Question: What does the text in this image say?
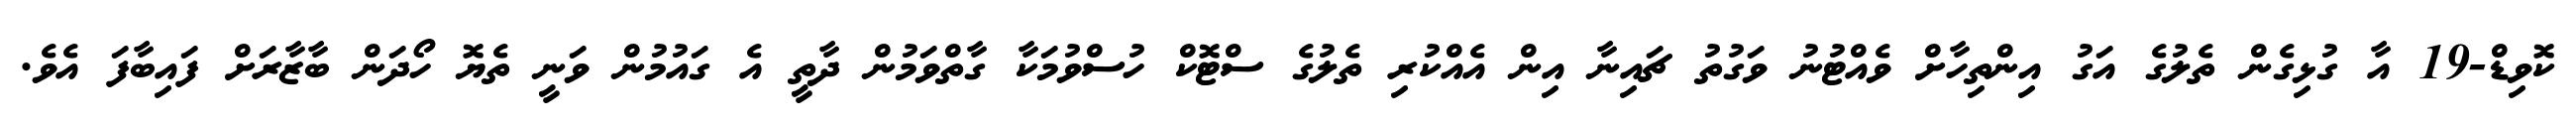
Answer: ކޮވިޑް-19 އާ ގުޅިގެން ތެލުގެ އަގު އިންތިހާށް ވެއްޓުނު ވަގުތު ޗައިނާ އިން އެއްކުރި ތެލުގެ ސްޓޮކް ހުސްވުމަކާ ގާތްވަމުން ދާތީ އެ ގައުމުން ވަނީ ތެޔޮ ހޯދަން ބާޒާރަށް ފައިބާފަ އެވެ.